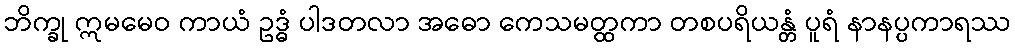
ဘိက္ခု ဣမမေဝ ကာယံ ဥဒ္ဓံ ပါဒတလာ အဓော ကေသမတ္ထကာ တစပရိယန္တံ ပူရံ နာနပ္ပကာရဿ